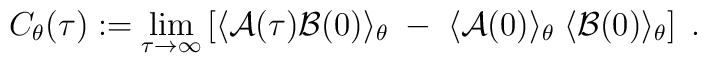
C_\theta(\tau) := \lim_{\tau \rightarrow \infty} \left[\langle {\cal A}(\tau) {\cal B}(0) \rangle_\theta \; - \;\langle {\cal A}(0) \rangle_\theta \;\langle {\cal B}(0) \rangle_\theta \right] \; .